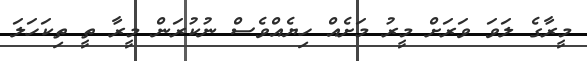
މީރާގެ ލަވަ ވަރަށް މީރު މަށެއް ހިޔެއްވެސް ނުކުރަން މީރާ ތީ ތިކަހަލަ